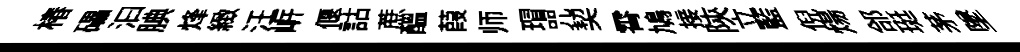
椿礧汩腆烽緻汪㟁偃詁蔗醖葭师瑁咒契霄鳩接陝立藍倪煬郃珽茅墜